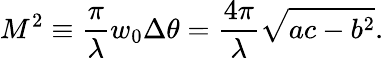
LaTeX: M^{2}\equiv\frac{\pi}{\lambda}w_{0}\Delta\theta=\frac{4\pi}{\lambda}\sqrt{ac-b^{2}}.